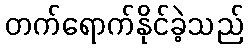
တက်ရောက်နိုင်ခဲ့သည်